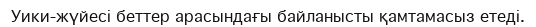
Уики-жүйесі беттер арасындағы байланысты қамтамасыз етеді.